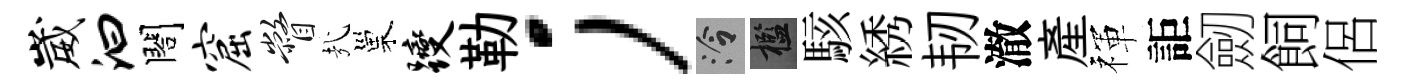
崴汩閤窟瞥㢤巢躞勒；泠檻駭綉韧澈産禈詎劒飼侶